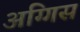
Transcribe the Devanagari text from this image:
अग्गिस